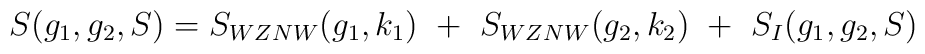
S(g_1,g_2,S)=S_{WZNW}(g_1,k_1)~+~S_{WZNW}(g_2,k_2)~+~S_I(g_1,g_2,S)